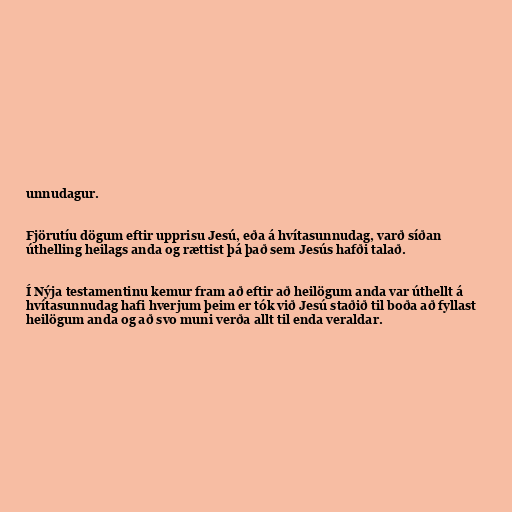
unnudagur.

Fjörutíu dögum eftir upprisu Jesú, eða á hvítasunnudag, varð síðan
úthelling heilags anda og rættist þá það sem Jesús hafði talað.

Í Nýja testamentinu kemur fram að eftir að heilögum anda var úthellt á
hvítasunnudag hafi hverjum þeim er tók við Jesú staðið til boða að fyllast
heilögum anda og að svo muni verða allt til enda veraldar.